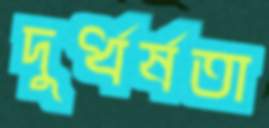
দুর্ধর্ষতা